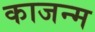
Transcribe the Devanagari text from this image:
काजन्‍म